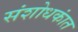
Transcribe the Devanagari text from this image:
संशोधकांत